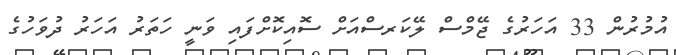
އުމުރުން 33 އަހަރުގެ ޖޭމްސް ލޭކަރސްއަށް ސޮއިކޮށްފައި ވަނީ ހަތަރު އަހަރު ދުވަހުގެ